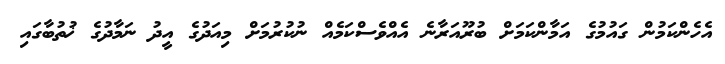
އެހެންކަމުން ގައުމުގެ އަމާންކަމަށް ބުރޫއަރާނެ އެއްވެސްކަމެއް ނުކުރުމަށް މިއަދުގެ އީދު ނަމާދުގެ ޚުތުބާގައި